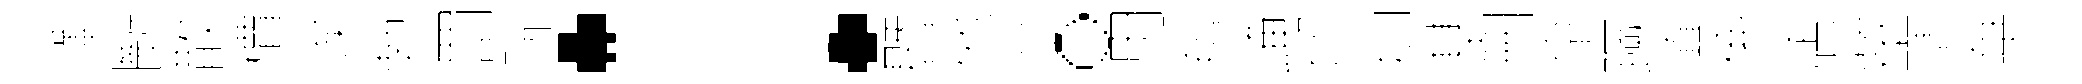
澤㫁散檟竢勃罰阮：暨他湿。用羶崦切抑基删京蹶慎係店壑潰華